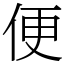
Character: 便